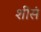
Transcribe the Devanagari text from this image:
शीसं